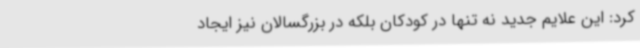
کرد:‌ این‌ علایم جدید نه تنها در کودکان بلکه در بزرگسالان نیز ایجاد